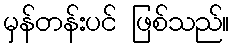
မှန်တန်းပင် ဖြစ်သည်။